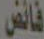
فائض